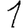
Digit: 1